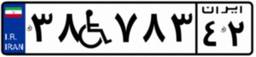
۳۸W۷۸۳۴۲